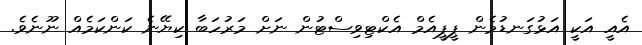
އެއީ އަކީ އަޅުގަނޑުމެން ޕީޕީއެމް އެކްޓިވިސްޓުން ނަށް މަރުހަބާ ކިޔޭނެ ކަންކަމެއް ނޫނެވެ.